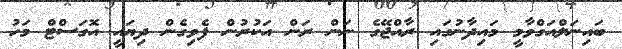
ބައިނަލްއަގްވާމީ މައިދާނުގައި ރާއްޖޭގެ ނަން ރަން އަކުރުން ފެވިގެން ދިޔައީ އޮގަސްޓް މަހު